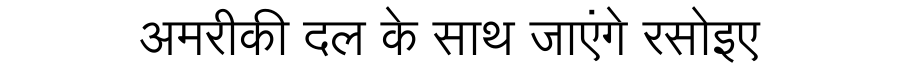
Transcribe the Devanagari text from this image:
अमरीकी दल के साथ जाएंगे रसोइए